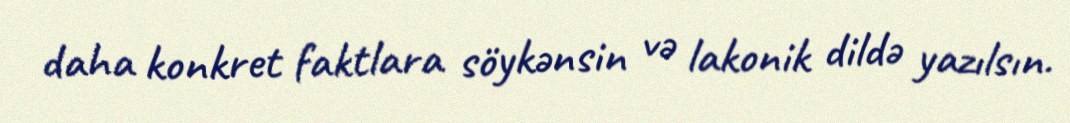
daha konkret faktlara söykənsin və lakonik dildə yazılsın.